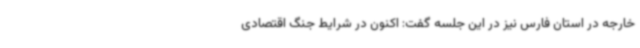
خارجه در استان فارس نیز در این جلسه گفت: اکنون در شرایط جنگ اقتصادی